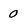
Character: 0